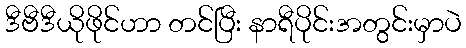
ဒီဗီဒီယိုဖိုင်ဟာ တင်ပြီး နာရီပိုင်းအတွင်းမှာပဲ